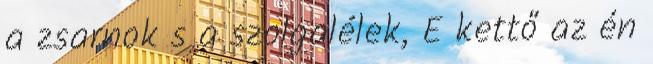
a zsarnok s a szolgalélek, E kettő az én